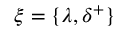
\xi = \{ \lambda , \delta ^ { + } \}